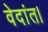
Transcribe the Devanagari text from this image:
वेदांत।